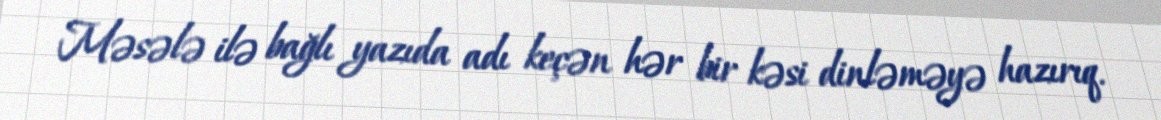
Məsələ ilə bağlı yazıda adı keçən hər bir kəsi dinləməyə hazırıq.